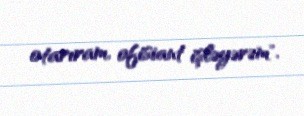
otarıram, ofisiant işləyərəm".